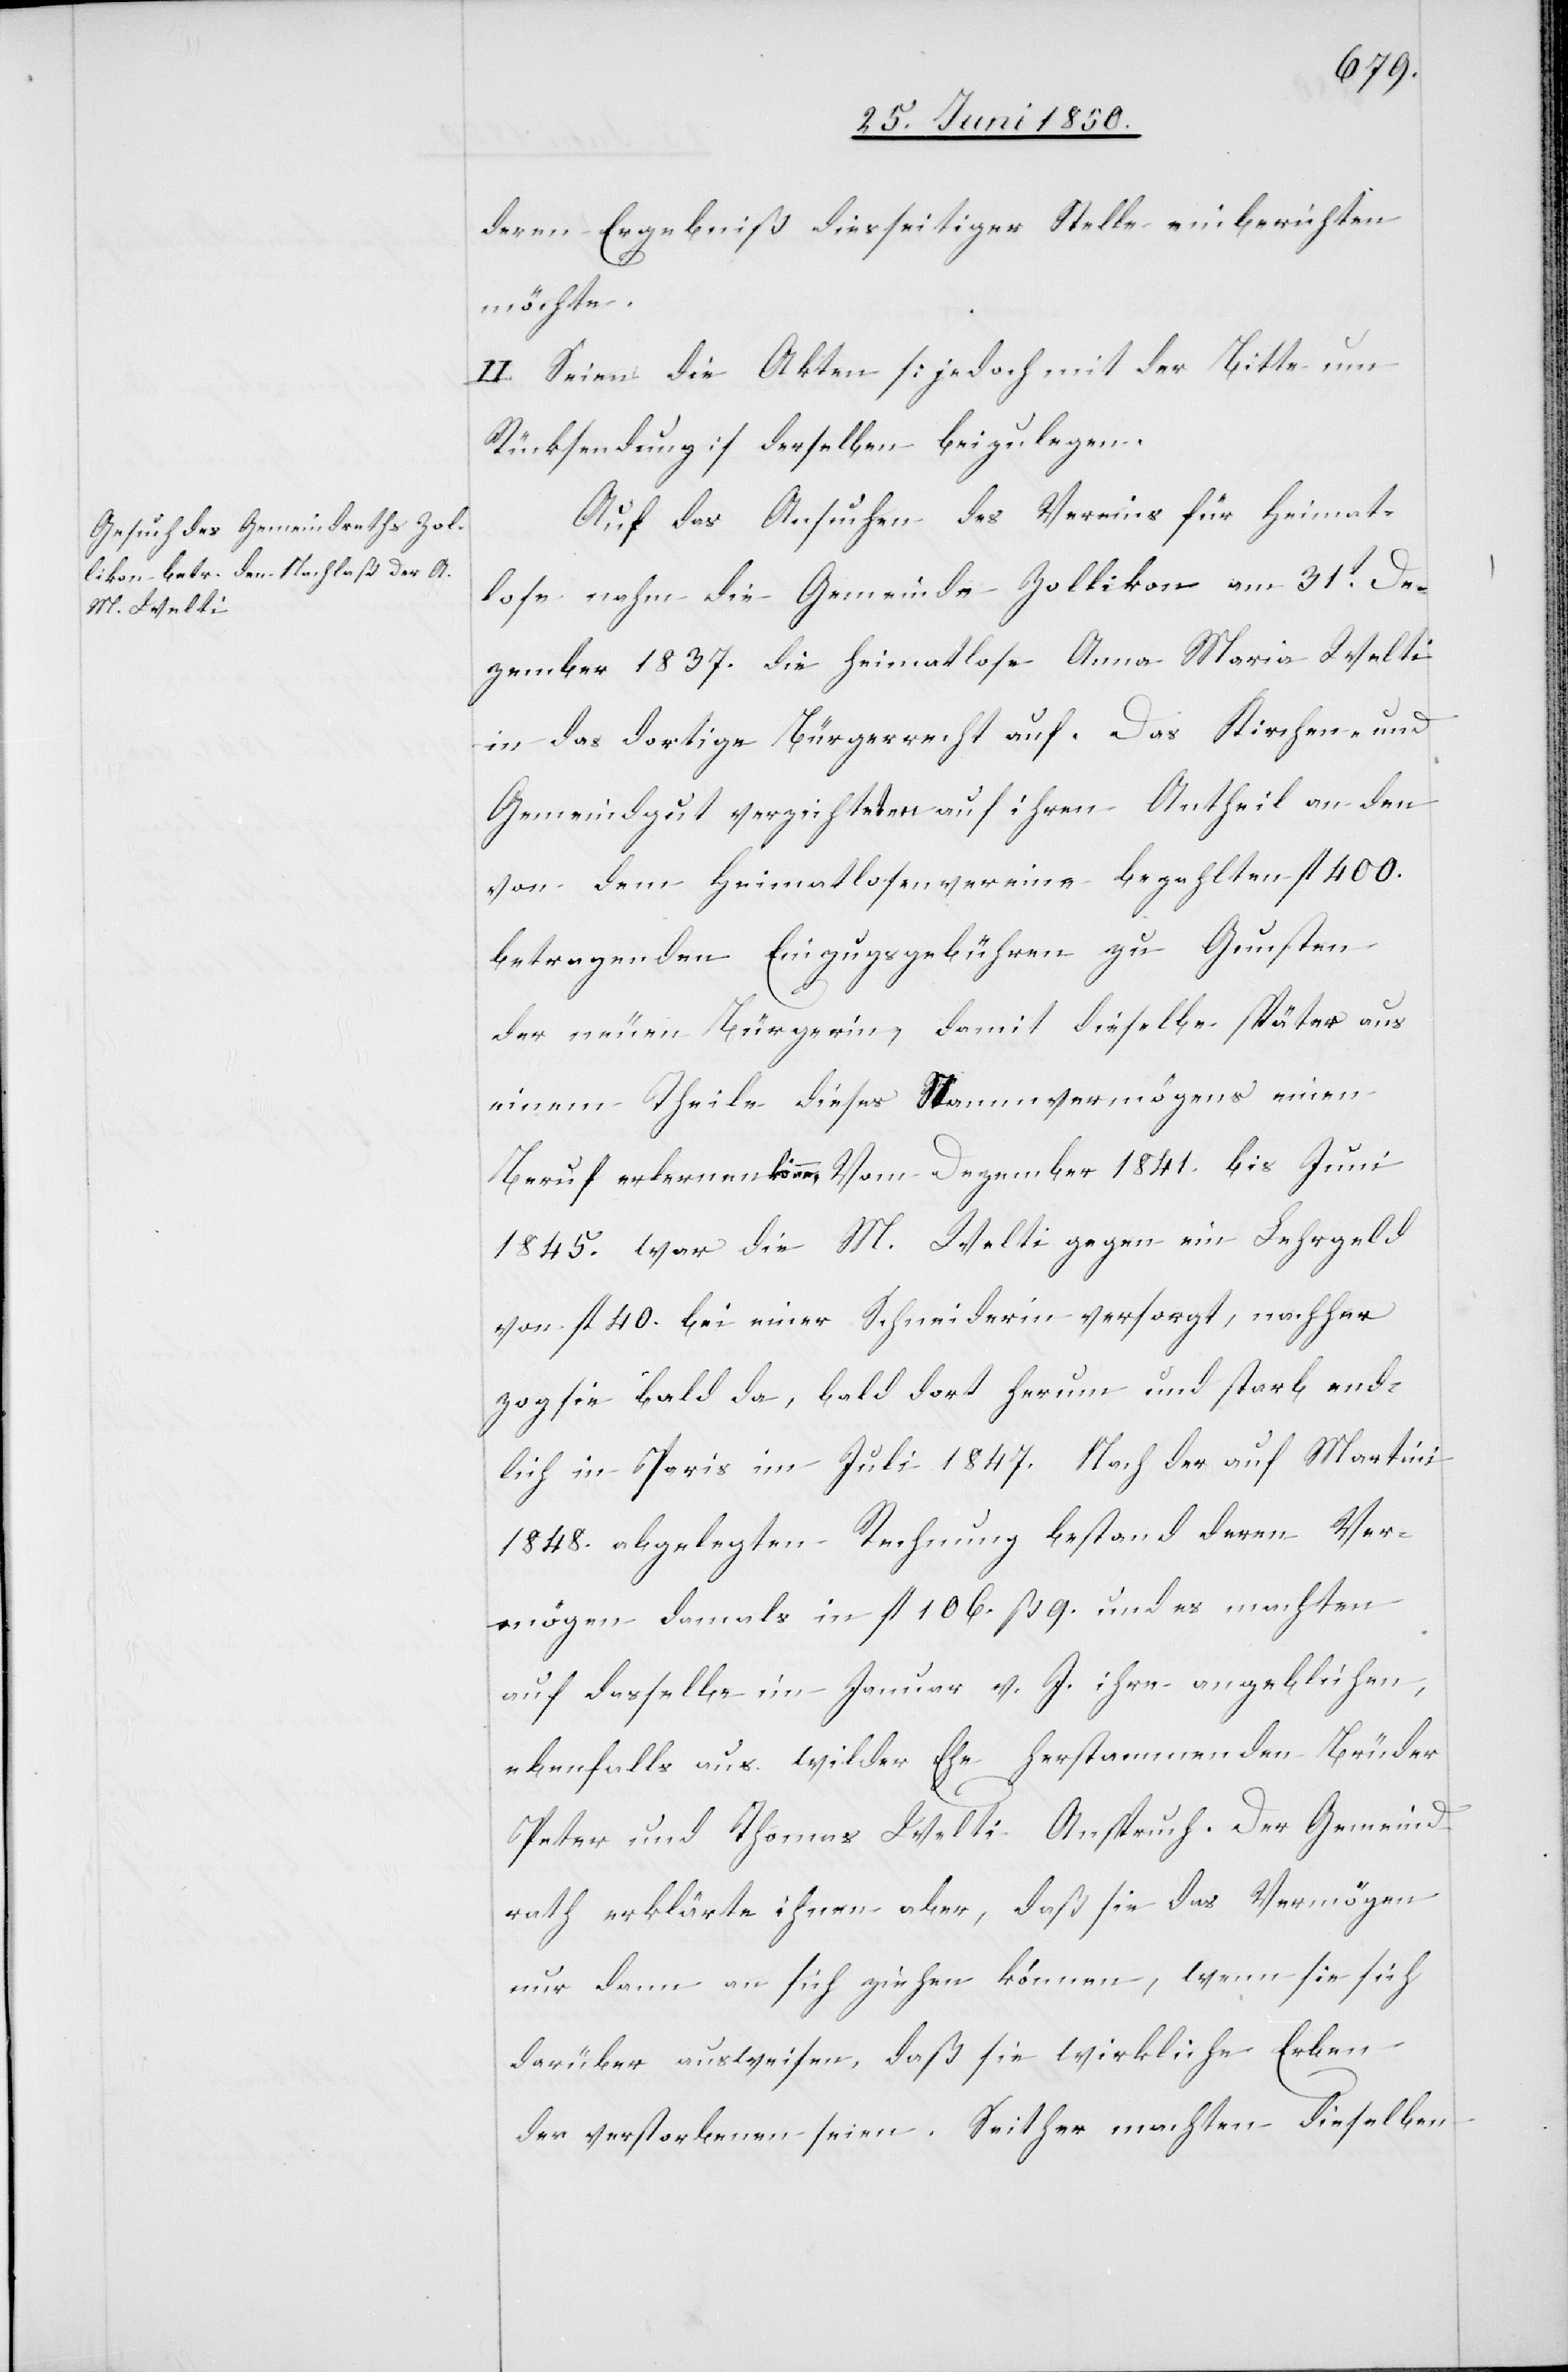
deren Ergebniß diesseitiger Stelle einberichten
möchte.
II. Seien die Akten [jedoch mit der Bitte um
Rücksendung] derselben beizulegen.
Auf das Gesuch des Vereins für Heimat¬
lose nahm die Gemeinde Zollikon am 31t De¬
zember 1837. die heimatlose Anna Maria Welti
in das dortige Bürgerrecht auf. Das Kirchen- und
Gemeindgut verzichteten auf ihren Antheil an den
von dem Heimatlosenvereine bezahlten fl 400.
betragenden Einzugsgebühren zu Gunsten
der neuen Bürgerin, damit dieselbe später aus
einem Theile dieses Stammvermögens einen
Beruf erlernen könne. Vom Dezember 1841. bis Juni
1845. war die M. Welti gegen ein Lehrgeld
von fl 40. bei einer Schneiderin versorgt, nachher
zog sie bald da, bald dort herum und starb end¬
lich in Paris im Juli 1847. Nach der auf Martini
1848. abgelegten Rechnung bestand deren Ver¬
mögen damals in fl 106. ß. 9. und es machten
auf dasselbe im Januar v. J. ihre angeblichen,
ebenfalls aus wilder Ehe herstammenden Brüder
Peter und Thomas Welti Anspruch, Der Gemeind¬
rath erklärte ihnen aber, daß sie das Vermögen
nur dann an sich ziehen können, wenn sie sich
darüber ausweisen, daß sie wirkliche Erben
der verstorbenen seien. Seither machten dieselben